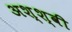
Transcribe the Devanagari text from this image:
अश्श्वी